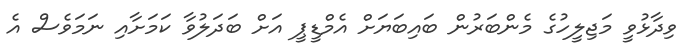
ވިދާޅުވީ މަޖިލީހުގެ މެންބަރުން ބައިބަޔަށް އެމްޑީޕީ އަށް ބަދަލުވާ ކަމަށާއި ނަމަވެސް އެ